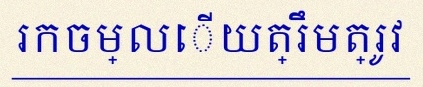
រកចម្លើយត្រឹមត្រូវ